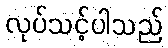
လုပ်သင့်ပါသည်